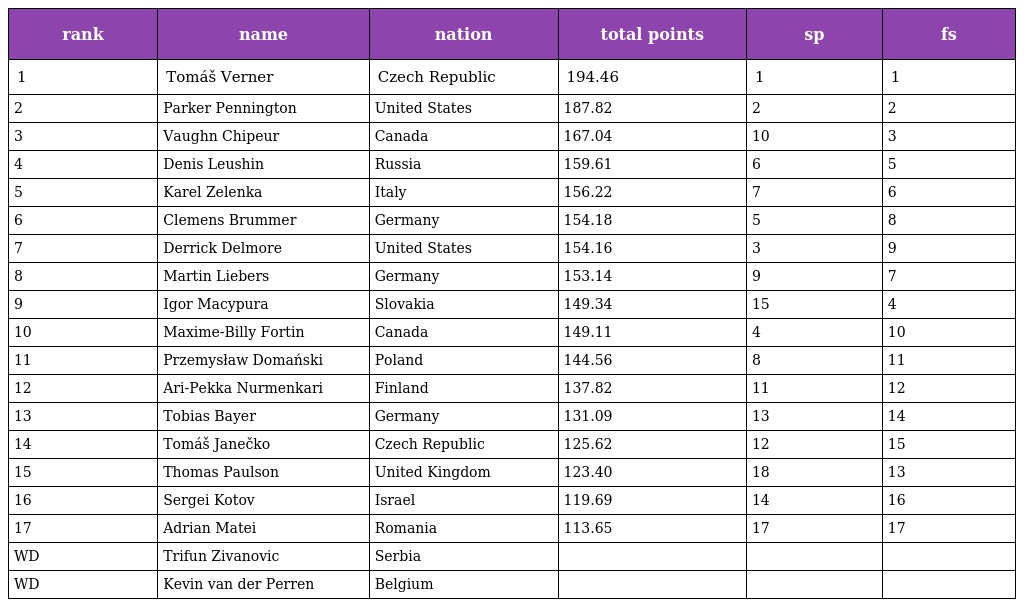
| rank | name | nation | total points | sp | fs |
 | --- | --- | --- | --- | --- | --- |
 | 1 | Tomáš Verner | Czech Republic | 194.46 | 1 | 1 |
 | 2 | Parker Pennington | United States | 187.82 | 2 | 2 |
 | 3 | Vaughn Chipeur | Canada | 167.04 | 10 | 3 |
 | 4 | Denis Leushin | Russia | 159.61 | 6 | 5 |
 | 5 | Karel Zelenka | Italy | 156.22 | 7 | 6 |
 | 6 | Clemens Brummer | Germany | 154.18 | 5 | 8 |
 | 7 | Derrick Delmore | United States | 154.16 | 3 | 9 |
 | 8 | Martin Liebers | Germany | 153.14 | 9 | 7 |
 | 9 | Igor Macypura | Slovakia | 149.34 | 15 | 4 |
 | 10 | Maxime-Billy Fortin | Canada | 149.11 | 4 | 10 |
 | 11 | Przemysław Domański | Poland | 144.56 | 8 | 11 |
 | 12 | Ari-Pekka Nurmenkari | Finland | 137.82 | 11 | 12 |
 | 13 | Tobias Bayer | Germany | 131.09 | 13 | 14 |
 | 14 | Tomáš Janečko | Czech Republic | 125.62 | 12 | 15 |
 | 15 | Thomas Paulson | United Kingdom | 123.40 | 18 | 13 |
 | 16 | Sergei Kotov | Israel | 119.69 | 14 | 16 |
 | 17 | Adrian Matei | Romania | 113.65 | 17 | 17 |
 | WD | Trifun Zivanovic | Serbia |  |  |  |
 | WD | Kevin van der Perren | Belgium |  |  |  |